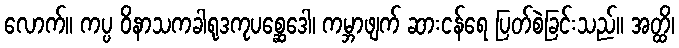
လောက်။ ကပ္ပ ဝိနာသကခါရုဒကုပစ္ဆေဒေါ၊ ကမ္ဘာဖျက် ဆားငန်ရေ ပြတ်စဲခြင်းသည်။ အတ္ထိ၊